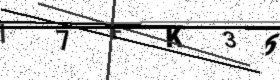
Text: I7FK36